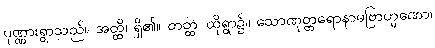
ပုဏ္ဏားရွာသည်။ အတ္ထိ၊ ရှိ၏။ တတ္ထ၊ ထိုရွာ၌။ သောဏုတ္တရောနာမဗြာဟ္မဏော၊